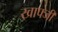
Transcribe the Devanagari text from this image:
खाफ्जी